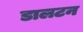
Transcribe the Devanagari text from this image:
डालटन